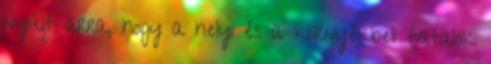
nyújt arra, hogy a helyi és a környékbeli fiatalok